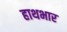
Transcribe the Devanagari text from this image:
हाथभार